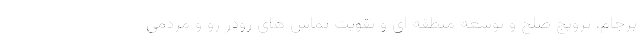
برجام، ترویج صلح و توسعه منطقه ای و تقویت تماس های رودر رو و مردمی